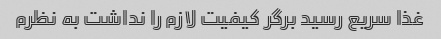
غذا سریع رسید برگر کیفیت لازم را نداشت به نظرم